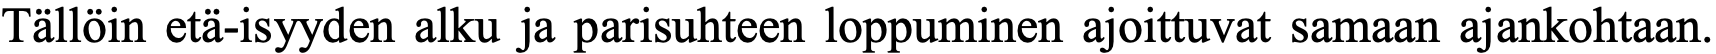
Tällöin etä-isyyden alku ja parisuhteen loppuminen ajoittuvat samaan ajankohtaan.